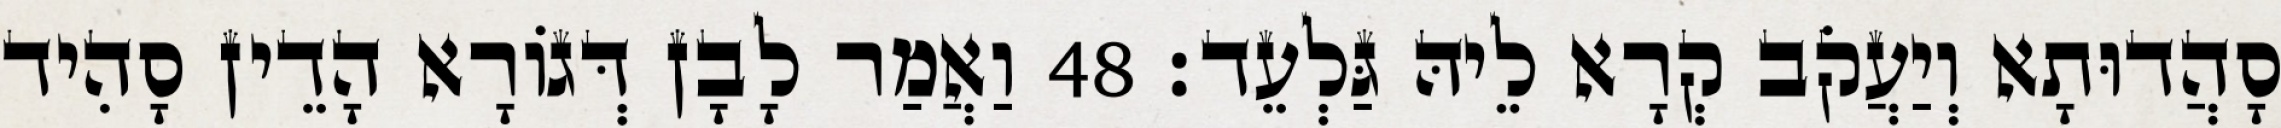
סָהֲדוּתָא וְיַעֲקֹב קְרָא לֵיהּ גַּלְעֵד׃ 48 וַאֲמַר לָבָן דְּגוֹרָא הָדֵין סָהִיד